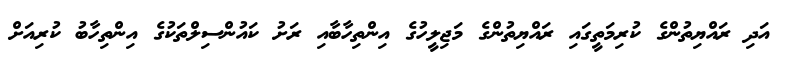
އަދި ރައްޔިތުންގެ ކުރިމަތީގައި ރައްޔިތުންގެ މަޖިލީހުގެ އިންތިހާބާއި ރަށު ކައުންސިލްތަކުގެ އިންތިހާބު ކުރިއަށް